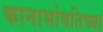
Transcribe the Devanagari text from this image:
कानाभोवतिच्या